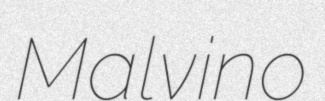
Malvino